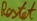
Text: Restet